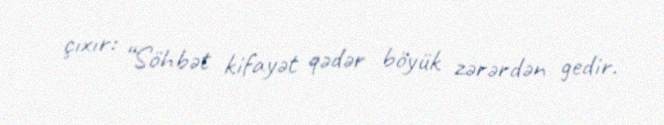
çıxır: “Söhbət kifayət qədər böyük zərərdən gedir.